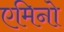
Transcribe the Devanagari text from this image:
एमिनो